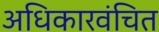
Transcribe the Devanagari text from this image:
अधिकारवंचित